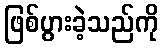
ဖြစ်ပွားခဲ့သည်ကို